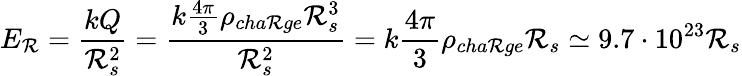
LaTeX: E_{\mathcal{R}}=\frac{{kQ}}{{\mathcal{R}_{s}^{2}}}=\frac{{k\frac{{4\pi}}{{3}}\rho_{cha\mathcal{R}ge}\mathcal{R}_{s}^{3}}}{{\mathcal{R}_{s}^{2}}}=k\frac{{4\pi}}{{3}}\rho_{cha\mathcal{R}ge}\mathcal{R}_{s}\simeq9.7\cdot10^{23}\mathcal{R}_{s}